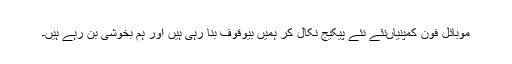
موبائل فون کمپنیاںنئے نئے پیکیج نکال کر ہمیں بیوقوف بنا رہی ہیں اور ہم بخوشی بن رہے ہیں۔